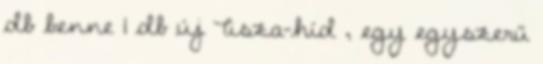
db benne 1 db új Tisza-híd , egy egyszerű